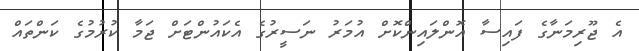
އެ ޖޫރިމަނާގެ ފައިސާ އޮންލައިންކޮށް އުމަރު ނަސީރުގެ އެކައުންޓަށް ޖަމާ ކުރުމުގެ ކަންތައް